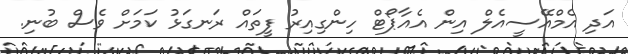
އަދި އެމްއޭސީއެލް އިން އެއާޕޯޓް ހިންގިއިރު ފީތައް ރަނގަޅު ކަމަށް ވެސް ބުނި.